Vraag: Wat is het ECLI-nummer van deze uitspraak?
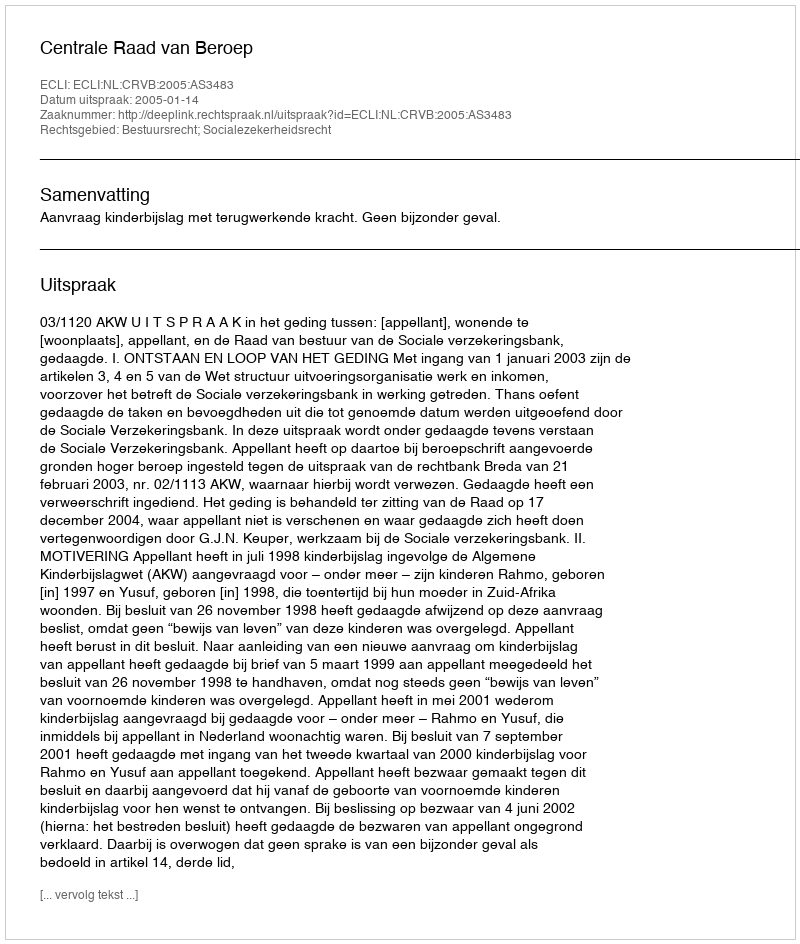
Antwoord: ECLI:NL:CRVB:2005:AS3483